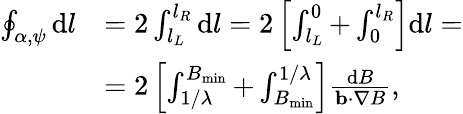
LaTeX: \begin{array}{rl}{\oint_{\alpha,\psi}\mathrm{d}l}&{=2\int_{l_{L}}^{l_{R}}\mathrm{d}l=2\left[\int_{l_{L}}^{0}+\int_{0}^{l_{R}}\right]\mathrm{d}l=}\\ &{=2\left[\int_{1/\lambda}^{B_{\mathrm{min}}}+\int_{B_{\mathrm{min}}}^{1/\lambda}\right]\frac{\mathrm{d}B}{\mathbf{b}\cdot\nabla B},}\end{array}